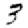
Digit: 3